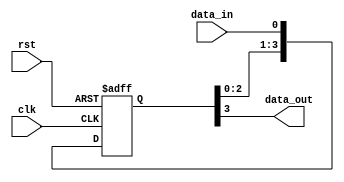
module synchronizer (
    input wire clk,
    input wire rst,
    input wire data_in,
    output reg data_out
);

reg [3:0] reg_array;

always @(posedge clk or posedge rst) begin
    if (rst) begin
        reg_array <= 4'b0;
    end else begin
        reg_array <= {reg_array[2:0], data_in};
    end
end

assign data_out = reg_array[3];

endmodule